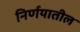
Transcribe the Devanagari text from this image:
निर्णयातील